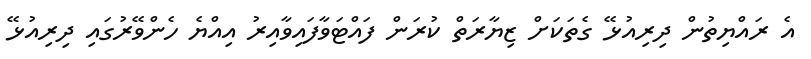
އެ ރައްޔިތުން ދިރިއުޅޭ ގެތަކަށް ޒިޔާރަތް ކުރަން ފައްޓަވާފައިވާއިރު އިއްޔެ ހެންވޭރުގައި ދިރިއުޅޭ